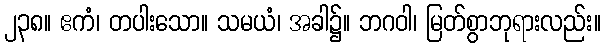
၂၃၈။ ဧကံ၊ တပါးသော။ သမယံ၊ အခါ၌။ ဘဂဝါ၊ မြတ်စွာဘုရားလည်း။